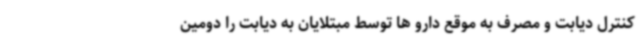
کنترل دیابت و مصرف به موقع دارو ها توسط مبتلایان به دیابت را دومین